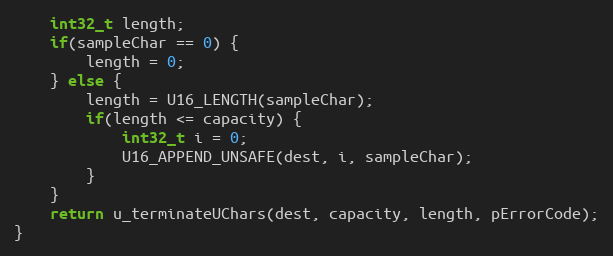
Language: C++
    int32_t length;
    if(sampleChar == 0) {
        length = 0;
    } else {
        length = U16_LENGTH(sampleChar);
        if(length <= capacity) {
            int32_t i = 0;
            U16_APPEND_UNSAFE(dest, i, sampleChar);
        }
    }
    return u_terminateUChars(dest, capacity, length, pErrorCode);
}